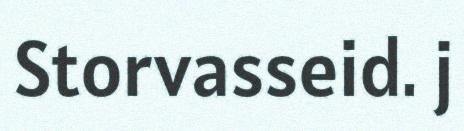
Storvasseid. j